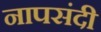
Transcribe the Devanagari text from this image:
नापसंदी